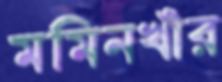
মমিনখাঁর